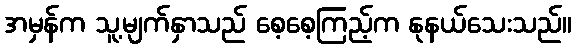
အမှန်က သူ့မျက်နှာသည် စေ့စေ့ကြည့်က နုနယ်သေးသည်။